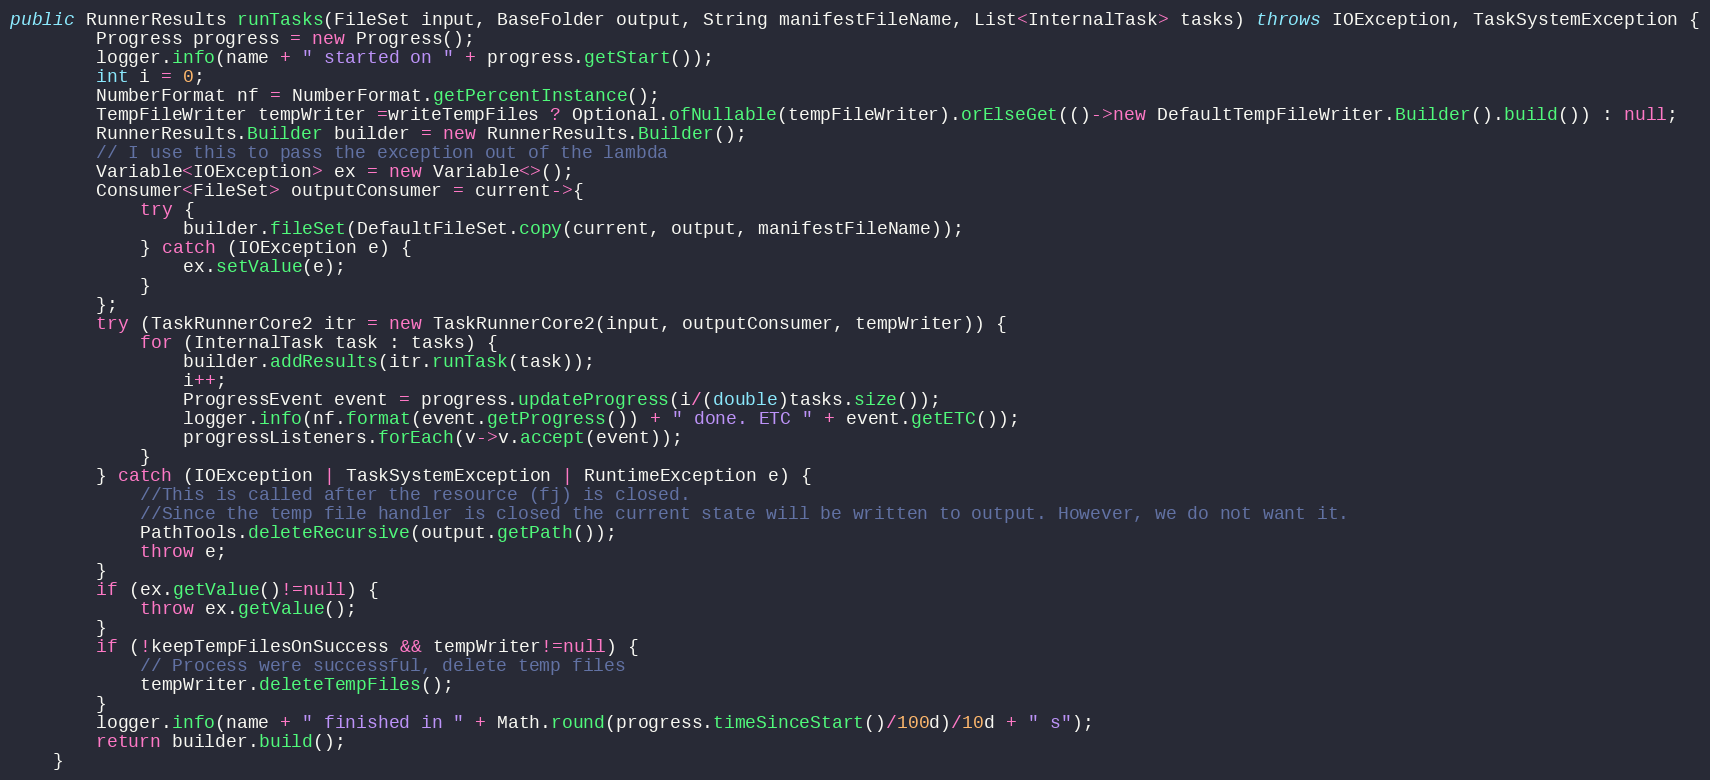
Language: Java
public RunnerResults runTasks(FileSet input, BaseFolder output, String manifestFileName, List<InternalTask> tasks) throws IOException, TaskSystemException {
		Progress progress = new Progress();
		logger.info(name + " started on " + progress.getStart());
		int i = 0;
		NumberFormat nf = NumberFormat.getPercentInstance();
		TempFileWriter tempWriter =writeTempFiles ? Optional.ofNullable(tempFileWriter).orElseGet(()->new DefaultTempFileWriter.Builder().build()) : null;
		RunnerResults.Builder builder = new RunnerResults.Builder();
		// I use this to pass the exception out of the lambda
		Variable<IOException> ex = new Variable<>();
		Consumer<FileSet> outputConsumer = current->{
			try {
				builder.fileSet(DefaultFileSet.copy(current, output, manifestFileName));
			} catch (IOException e) {
				ex.setValue(e);
			}
		};
		try (TaskRunnerCore2 itr = new TaskRunnerCore2(input, outputConsumer, tempWriter)) {
			for (InternalTask task : tasks) {
				builder.addResults(itr.runTask(task));
				i++;
				ProgressEvent event = progress.updateProgress(i/(double)tasks.size());
				logger.info(nf.format(event.getProgress()) + " done. ETC " + event.getETC());
				progressListeners.forEach(v->v.accept(event));
			}
		} catch (IOException | TaskSystemException | RuntimeException e) {
			//This is called after the resource (fj) is closed.
			//Since the temp file handler is closed the current state will be written to output. However, we do not want it.
			PathTools.deleteRecursive(output.getPath());
			throw e;
		}
		if (ex.getValue()!=null) {
			throw ex.getValue();
		}
		if (!keepTempFilesOnSuccess && tempWriter!=null) {
			// Process were successful, delete temp files
			tempWriter.deleteTempFiles();
		}
		logger.info(name + " finished in " + Math.round(progress.timeSinceStart()/100d)/10d + " s");
		return builder.build();
	}